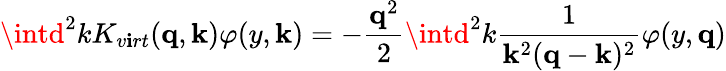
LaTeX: \intd^{2}kK_{v\mathbf{i}rt}({\mathbf{q}},{\mathbf{k}})\varphi(y,{\mathbf{k}})=-{\frac{{{\mathbf{q}}^{2}}}{{2}}}\intd^{2}k{\frac{{1}}{{{\mathbf{k}}^{2}({\mathbf{q}}-{\mathbf{k}})^{2}}}}\varphi(y,{\mathbf{q}})